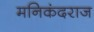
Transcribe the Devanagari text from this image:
मनिकंदराज